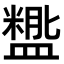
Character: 𬐵